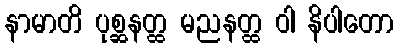
နာမာတိ ပုစ္ဆနတ္ထ မညနတ္ထ ဝါ နိပါတော